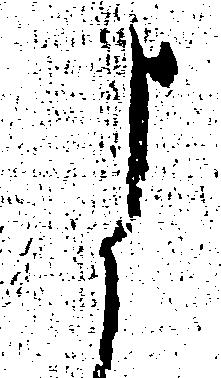
よ